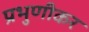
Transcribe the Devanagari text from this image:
प्रभुणीकर